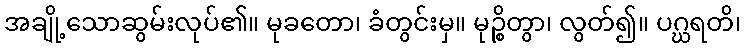
အချို့သောဆွမ်းလုပ်၏။ မုခတော၊ ခံတွင်းမှ။ မုဉ္စိတွာ၊ လွတ်၍။ ပဂ္ဃရတိ၊